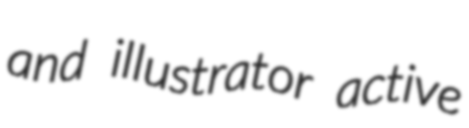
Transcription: and illustrator active